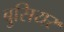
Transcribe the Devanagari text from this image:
बुसियर